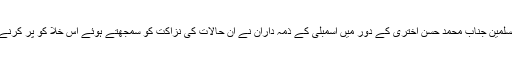
اہل بیت عالمی اسمبلی کے حالیہ جنرل سیکریٹری حجۃ الاسلام والمسلمین جناب محمد حسن اختری کے دور میں اسمبلی کے ذمہ داران نے ان حالات کی نزاکت کو سمجھتے ہوئے اس خلا کو پُر کرنے کی غرض سے تین زبانوں میں ایک خبری ویب سائٹ کا قیام کیا۔